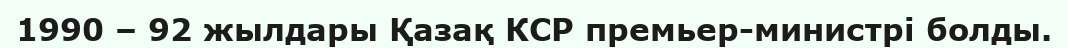
1990 – 92 жылдары Қазақ КСР премьер-министрі болды.